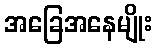
အခြေအနေမျိုး